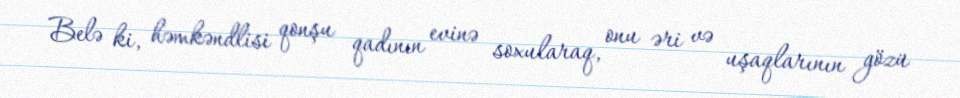
Belə ki, həmkəndlisi qonşu qadının evinə soxularaq, onu əri və uşaqlarının gözü